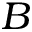
B